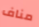
مناف